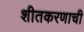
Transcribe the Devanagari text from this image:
शीतकरणाची